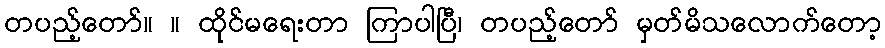
တပည့်တော်။ ။ ထိုင်မရေးတာ ကြာပါပြီ၊ တပည့်တော် မှတ်မိသလောက်တော့